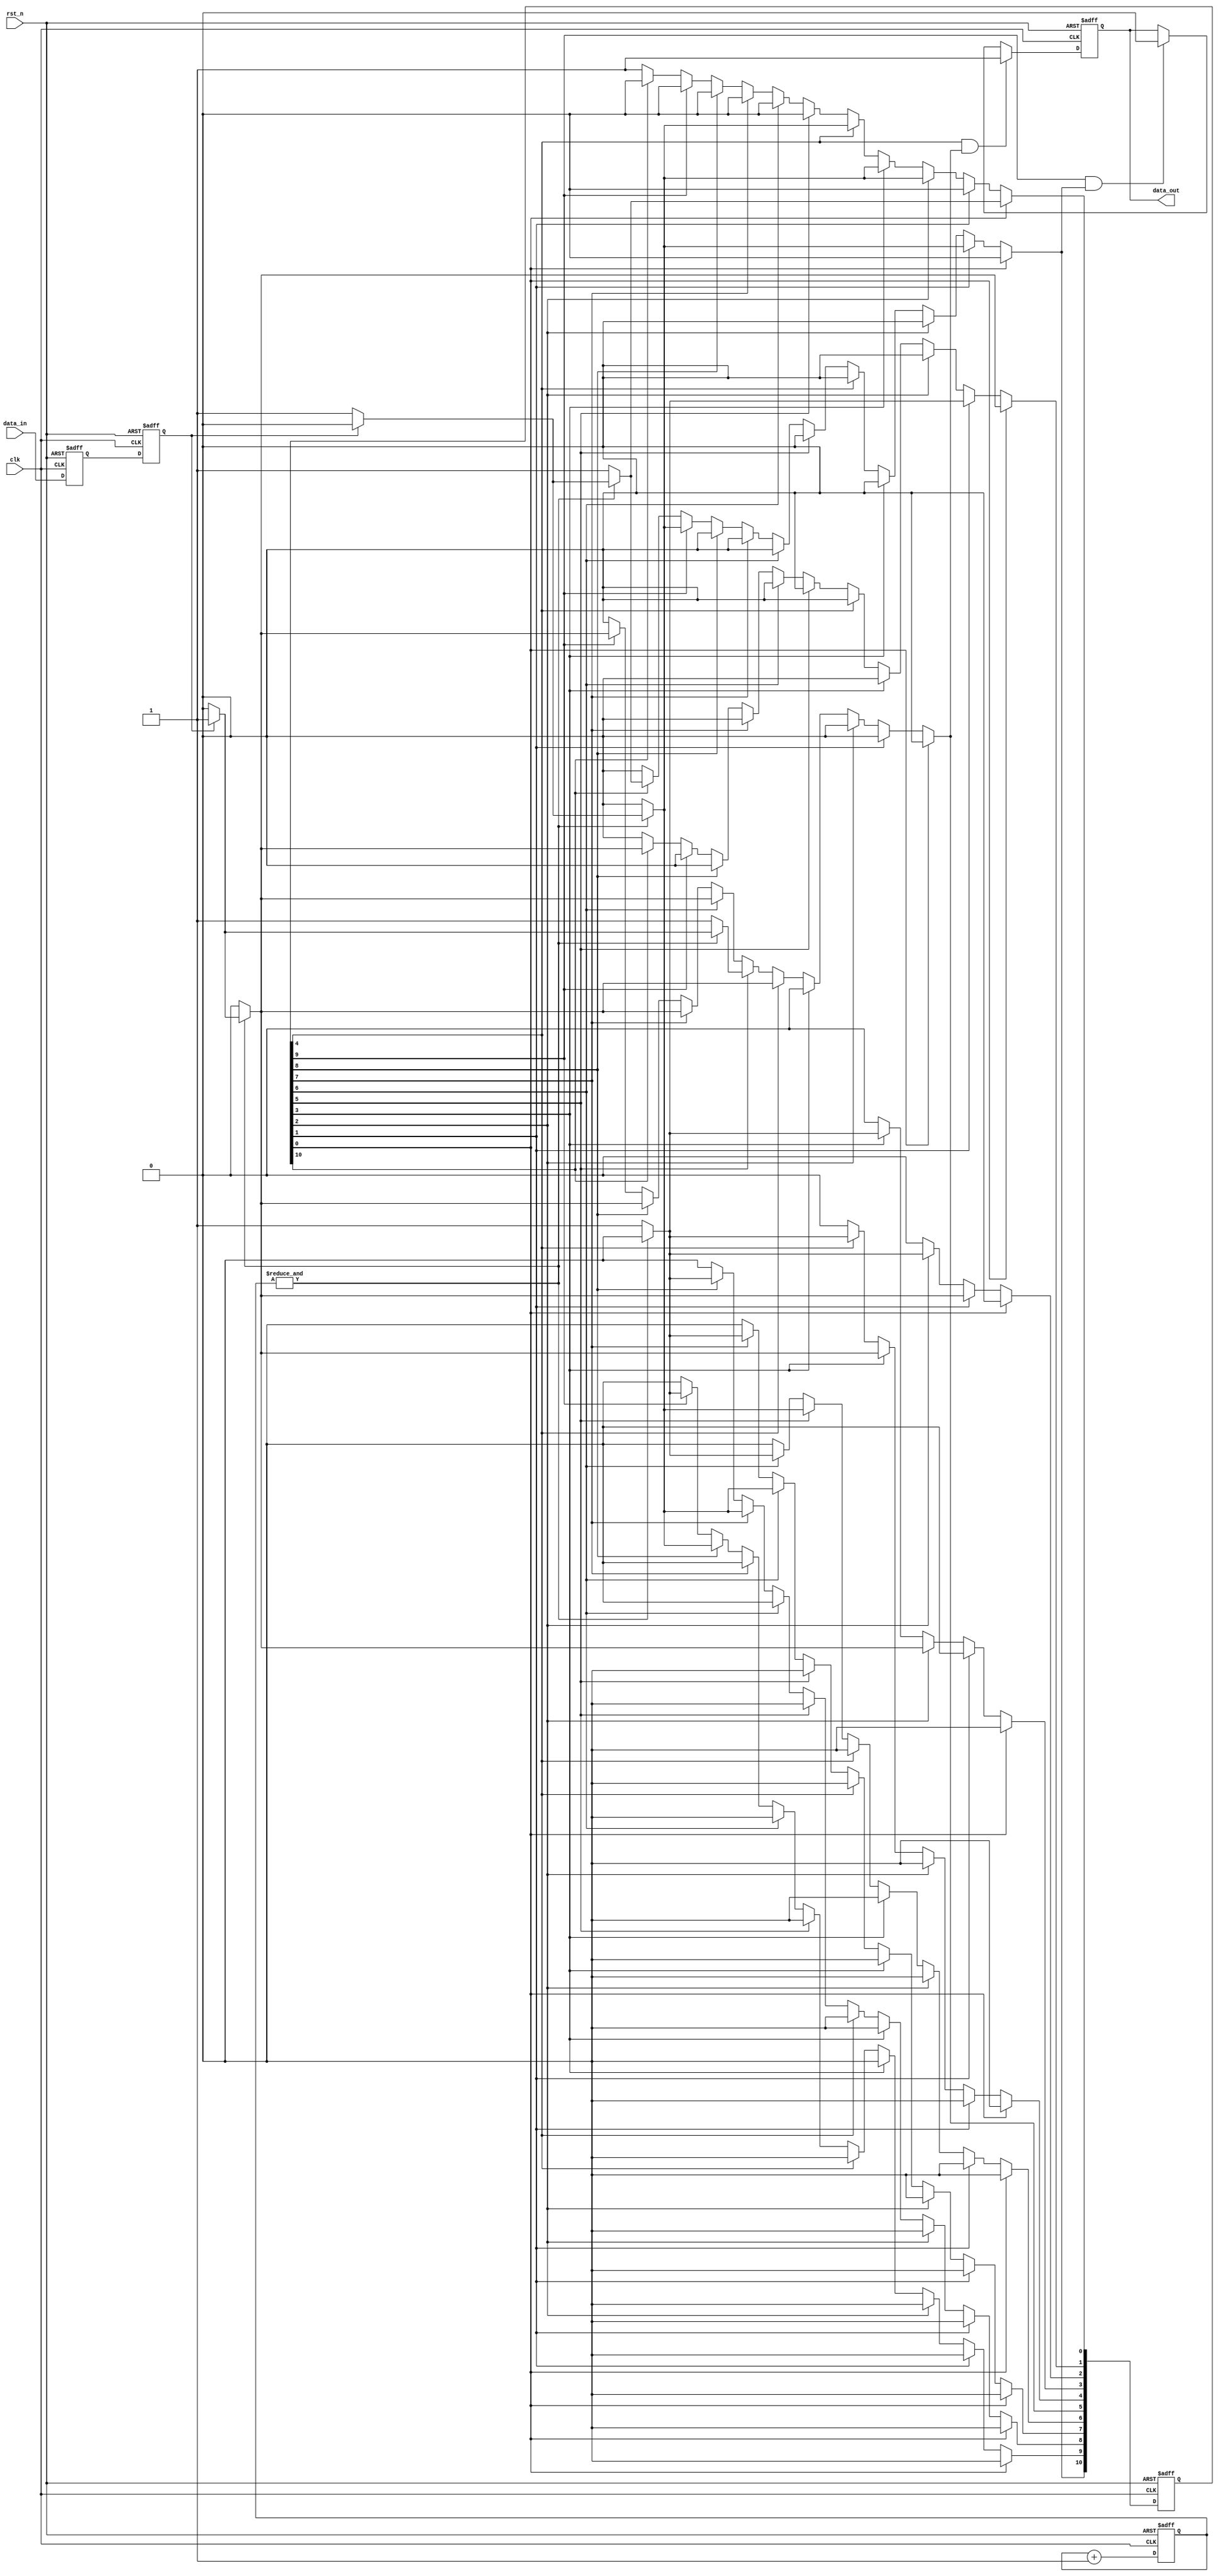
/*=============================================================================
# FileName    :	filter_signal.v
# Author      :	author
# Email       :	email@email.com
# Description :	[] OSC
                
                2018.11.21 
# Version     :	1.0
# LastChange  :	2018-10-25 10:27:47
# ChangeLog   :	
=============================================================================*/
module filter_signal
(
    input   wire                clk,
    input   wire                rst_n,
    input   wire                data_in,
    output  reg                 data_out
);

reg                         data_in_r0;
reg                         data_in_r1;
always @ (posedge clk or negedge rst_n)
begin
    if(~rst_n)
    begin
        data_in_r0 <= 0;
        data_in_r1 <= 0;
    end
    else
    begin
        data_in_r0 <= data_in;
        data_in_r1 <= data_in_r0;
    end
end

reg     [07:00]             time_cnt;
wire                        time_flag;
assign                  time_flag = &time_cnt;

always @ (posedge clk or negedge rst_n)
begin
    if(~rst_n)
        time_cnt <= 0;
    else
        time_cnt <= time_cnt + 1'b1;
end

localparam              IDLE            = 0;
localparam              LOW2HIGH        = 1;
localparam              LOW2HIGH_ACK0   = 2;
localparam              LOW2HIGH_ACK1   = 3;
localparam              LOW2HIGH_ACK2   = 4;
localparam              HIGH            = 5;
localparam              HIGH2LOW        = 6;
localparam              HIGH2LOW_ACK0   = 7;
localparam              HIGH2LOW_ACK1   = 8;
localparam              HIGH2LOW_ACK2   = 9;
localparam              LOW             = 10;
localparam              OVER            = 11;
(* KEEP = "TRUE" *)reg     [OVER:00]       cs = 'd1, ns = 'd1;
reg     [15:00]         state_cnt;

// synthesis translate_off
reg [127:0] cs_STRING;
always @(*)
begin
    case(1'b1)
        cs[IDLE]: cs_STRING = "IDLE";
        cs[LOW2HIGH]: cs_STRING = "LOW2HIGH";
        cs[LOW2HIGH_ACK0]: cs_STRING = "LOW2HIGH_ACK0";
        cs[LOW2HIGH_ACK1]: cs_STRING = "LOW2HIGH_ACK1";
        cs[LOW2HIGH_ACK2]: cs_STRING = "LOW2HIGH_ACK2";
        cs[HIGH]: cs_STRING = "HIGH";

        cs[HIGH2LOW]: cs_STRING = "HIGH2LOW";
        cs[HIGH2LOW_ACK0]: cs_STRING = "HIGH2LOW_ACK0";
        cs[HIGH2LOW_ACK1]: cs_STRING = "HIGH2LOW_ACK1";
        cs[HIGH2LOW_ACK2]: cs_STRING = "HIGH2LOW_ACK2";
        cs[LOW]: cs_STRING = "LOW";
        cs[OVER]: cs_STRING = "OVER";
        default: cs_STRING = "XXXX";
    endcase
end
// synthesis translate_on

always @(posedge clk or negedge rst_n)
begin
    if(~rst_n)
        cs <= 'd1;
    else
        cs <= ns;
end

always @(*)
begin
    ns = 'd0;
    case(1'b1)
        cs[IDLE]:
        begin
            if(time_flag)
            begin
                if(data_in_r1)
                    ns[LOW2HIGH] = 1'b1;
                else
                    ns[IDLE] = 1'b1;
            end
            else
                ns[IDLE] = 1'b1;
        end
        cs[LOW2HIGH]:
        begin
            if(time_flag)
            begin
                if(data_in_r1)
                    ns[LOW2HIGH_ACK0] = 1'b1;
                else
                    ns[LOW] = 1'b1;
            end
            else
                ns[LOW2HIGH] = 1'b1;
        end
        cs[LOW2HIGH_ACK0]:
        begin
            if(time_flag)
            begin
                if(data_in_r1)
                    ns[LOW2HIGH_ACK1] = 1'b1;
                else
                    ns[IDLE] = 1'b1;
            end
            else
                ns[LOW2HIGH_ACK0] = 1'b1;
        end
        cs[LOW2HIGH_ACK1]:
        begin
            if(time_flag)
            begin
                if(data_in_r1)
                    ns[LOW2HIGH_ACK2] = 1'b1;
                else
                    ns[IDLE] = 1'b1;
            end
            else
                ns[LOW2HIGH_ACK1] = 1'b1;
        end
        cs[LOW2HIGH_ACK2]:
        begin   // 3
            if(time_flag)
            begin
                if(data_in_r1)
                    ns[HIGH] = 1'b1;
                else
                    ns[IDLE] = 1'b1;
            end
            else
                ns[LOW2HIGH_ACK2] = 1'b1;
        end
        cs[HIGH]:
        begin  
            if(time_flag)
            begin
                if(data_in_r1)
                    ns[HIGH] = 1'b1;
                else        // 
                    ns[HIGH2LOW] = 1'b1;
            end
            else
                ns[HIGH] = 1'b1;
        end
        cs[HIGH2LOW]:
        begin
            if(time_flag)
            begin
                if(data_in_r1)
                    ns[HIGH] = 1'b1;
                else
                    ns[HIGH2LOW_ACK0] = 1'b1;
            end
            else
                ns[HIGH2LOW] = 1'b1;
        end
        cs[HIGH2LOW_ACK0]:
        begin
            if(time_flag)
            begin
                if(data_in_r1)
                    ns[HIGH] = 1'b1;
                else
                    ns[HIGH2LOW_ACK1] = 1'b1;
            end
            else
                ns[HIGH2LOW_ACK0] = 1'b1;
        end
        cs[HIGH2LOW_ACK1]:
        begin
            if(time_flag)
            begin
                if(data_in_r1)
                    ns[HIGH] = 1'b1;
                else
                    ns[HIGH2LOW_ACK2] = 1'b1;
            end
            else
                ns[HIGH2LOW_ACK1] = 1'b1;
        end
        cs[HIGH2LOW_ACK2]:
        begin
            if(time_flag)
            begin
                if(data_in_r1)
                    ns[HIGH] = 1'b1;
                else
                    ns[LOW] = 1'b1;
            end
            else
                ns[HIGH2LOW_ACK2] = 1'b1;
        end
        cs[LOW]:
        begin
            if(time_flag)
            begin
                if(data_in_r1)
                    ns[LOW2HIGH] = 1'b1;
                else
                    ns[LOW] = 1'b1;
            end
            else
                ns[LOW] = 1'b1;
        end
        default:
            ns[IDLE] = 1'b1;
    endcase
end

always @ (posedge clk or negedge rst_n)
begin
    if(~rst_n)
        data_out <= 0;
    else if(cs[LOW2HIGH_ACK2] & ns[HIGH])
        data_out <= 1;
    else if(cs[HIGH2LOW_ACK2] & ns[LOW])
        data_out <= 0;
end

endmodule